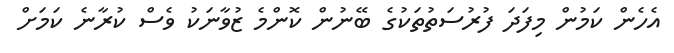
އެހެން ކަމުން މިފަދަ ފުރުސަތުތަކުގެ ބޭނުން ކޮންމެ ޒުވާނަކު ވެސް ކުރާނެ ކަމަށް